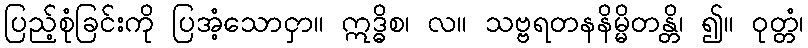
ပြည့်စုံခြင်းကို ပြအံ့သောငှာ။ ဣဒ္ဓိစ၊ လ။ သဗ္ဗရတနနိမ္မိတန္တိ၊ ၍။ ဝုတ္တံ၊